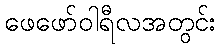
ဖေဖော်ဝါရီလအတွင်း